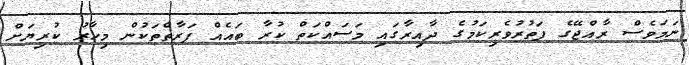
ނަމަވެސް ރާއްޖޭގެ ފަތުރުވެރިކަމުގެ ދާއިރާގައި މަސައްކަތް ކުރާ ބައެއް ފަރާތްތަކުން މިހާރު ކުރިޔަށް